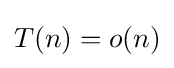
T(n)=o(n)